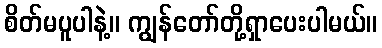
စိတ်မပူပါနဲ့။ ကျွန်တော်တို့ရှာပေးပါမယ်။